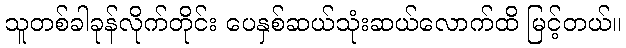
သူတစ်ခါခုန်လိုက်တိုင်း ပေနှစ်ဆယ်သုံးဆယ်လောက်ထိ မြင့်တယ်။